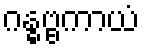
ဂန္ဓဗ္ဗကာယံ